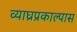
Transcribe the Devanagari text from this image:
व्याघ्रप्रकाल्पास